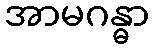
အာမဂန္ဓာ